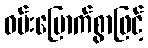
ဝမ်းမြောက်စွာဖြင့်